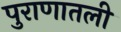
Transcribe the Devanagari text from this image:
पुराणातली